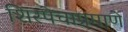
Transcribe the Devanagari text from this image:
शिरपेचाप्रमाणे